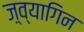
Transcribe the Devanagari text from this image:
ज़्व्यागिन